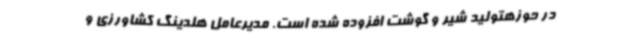
در حوزهتولید شیر و گوشت افزوده شده است. مدیرعامل هلدینگ کشاورزی و